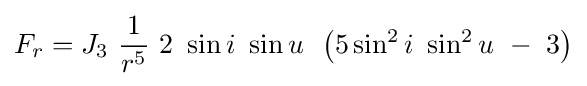
F_{r}=J_{3}\ {\frac {1}{r^{5}}}\ 2\ \sin i\ \sin u\,\ \left(5\sin ^{2}i\ \sin ^{2}u\ -\ 3\right)